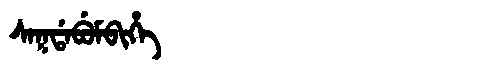
Manchu: ᠰᠠᡴᡩᠠᠪᡠᠮᠪᡳᡥᡝ
Romanization: SAKDABUMBIHE